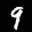
Label: 9